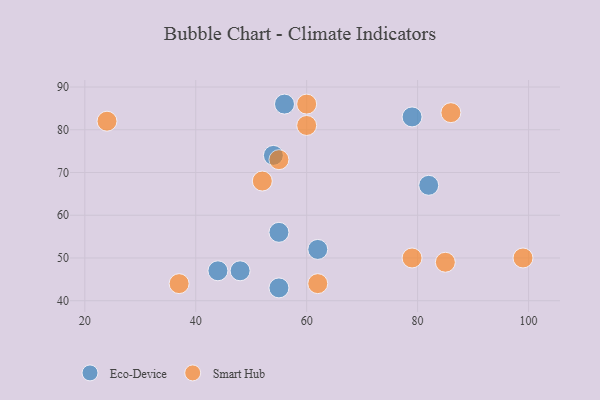
{"axis": {"x": "GDP", "y": "Life Expectancy"}, "legend": ["Eco-Device", "Smart Hub"], "data": [{"x": "48", "y": 47, "type": "Eco-Device"}, {"x": "62", "y": 52, "type": "Eco-Device"}, {"x": "54", "y": 74, "type": "Eco-Device"}, {"x": "82", "y": 67, "type": "Eco-Device"}, {"x": "79", "y": 83, "type": "Eco-Device"}, {"x": "44", "y": 47, "type": "Eco-Device"}, {"x": "56", "y": 86, "type": "Eco-Device"}, {"x": "55", "y": 56, "type": "Eco-Device"}, {"x": "55", "y": 43, "type": "Eco-Device"}, {"x": "37", "y": 44, "type": "Smart Hub"}, {"x": "62", "y": 44, "type": "Smart Hub"}, {"x": "85", "y": 49, "type": "Smart Hub"}, {"x": "86", "y": 84, "type": "Smart Hub"}, {"x": "55", "y": 73, "type": "Smart Hub"}, {"x": "24", "y": 82, "type": "Smart Hub"}, {"x": "52", "y": 68, "type": "Smart Hub"}, {"x": "60", "y": 81, "type": "Smart Hub"}, {"x": "60", "y": 86, "type": "Smart Hub"}, {"x": "79", "y": 50, "type": "Smart Hub"}, {"x": "99", "y": 50, "type": "Smart Hub"}]}